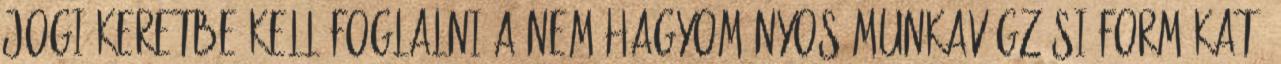
Jogi keretbe kell foglalni a nem hagyományos munkavégzési formákat,